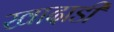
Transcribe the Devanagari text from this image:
खादाडी